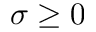
\sigma \geq 0